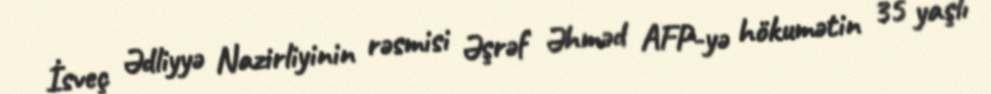
İsveç Ədliyyə Nazirliyinin rəsmisi Əşrəf Əhməd AFP-yə hökumətin 35 yaşlı